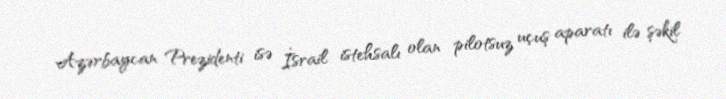
Azərbaycan Prezidenti isə İsrail istehsalı olan pilotsuz uçuş aparatı ilə şəkil